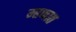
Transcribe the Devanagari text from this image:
म्हणात